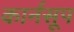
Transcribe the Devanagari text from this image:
कार्नसूप